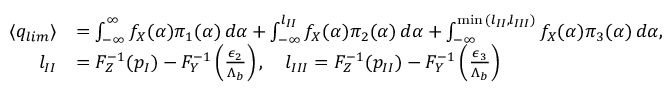
\begin{array} { r l } { \langle q _ { l i m } \rangle } & { = \int _ { - \infty } ^ { \infty } f _ { X } ( \alpha ) { \pi } _ { 1 } ( \alpha ) \, d \alpha + \int _ { - \infty } ^ { l _ { I I } } f _ { X } ( \alpha ) { \pi } _ { 2 } ( \alpha ) \, d \alpha + \int _ { - \infty } ^ { \operatorname* { m i n } { ( l _ { I I } , l _ { I I I } ) } } f _ { X } ( \alpha ) { \pi } _ { 3 } ( \alpha ) \, d \alpha , } \\ { \quad l _ { I I } } & { = F _ { Z } ^ { - 1 } ( p _ { I } ) - F _ { Y } ^ { - 1 } \left( \frac { { \epsilon } _ { 2 } } { { \Lambda } _ { b } } \right) , \quad l _ { I I I } = F _ { Z } ^ { - 1 } ( p _ { I I } ) - F _ { Y } ^ { - 1 } \left( \frac { { \epsilon } _ { 3 } } { { \Lambda } _ { b } } \right) } \end{array}